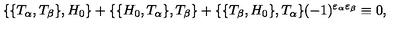
\{ \{ T _ { \alpha } , T _ { \beta } \} , H _ { 0 } \} + \{ \{ H _ { 0 } , T _ { \alpha } \} , T _ { \beta } \} + \{ \{ T _ { \beta } , H _ { 0 } \} , T _ { \alpha } \} ( - 1 ) ^ { \varepsilon _ { \alpha } \varepsilon _ { \beta } } \equiv 0 ,